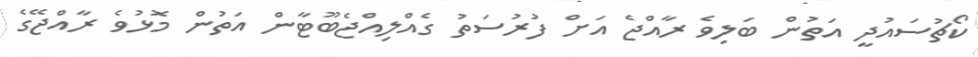
ކޯޗުސައުދީ އަތުން ބަލިވެ ރާއްޖެ އަށް ފުރުސަތު ގެއްލިއްޖެބޫޓާން އަތުން މޮޅުވެ ރާއްޖޭގެ